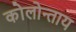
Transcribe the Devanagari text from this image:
कोलोन्ताय